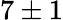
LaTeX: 7\pm 1